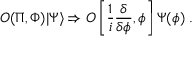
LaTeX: { \cal O } ( \Pi , \Phi ) | \Psi \rangle \Rightarrow { \cal O } \left[ \frac { 1 } { i } \frac { \delta } { \delta \phi } , \phi \right] \Psi ( \phi ) \; .